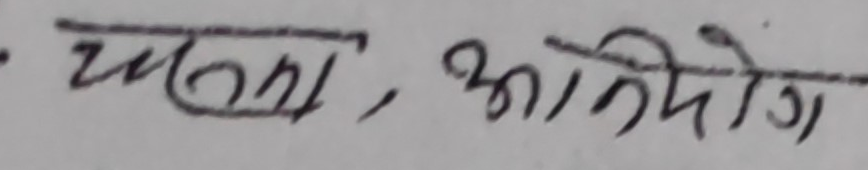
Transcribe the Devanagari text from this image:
यात्रा, अभियोग